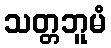
သတ္တဘူမံ